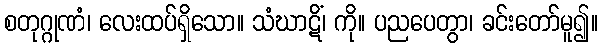
စတုဂ္ဂုဏံ၊ လေးထပ်ရှိသော။ သံဃာဋိံ၊ ကို။ ပညပေတွာ၊ ခင်းတော်မူ၍။